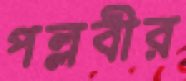
পল্লবীর